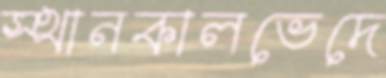
স্থানকালভেদে